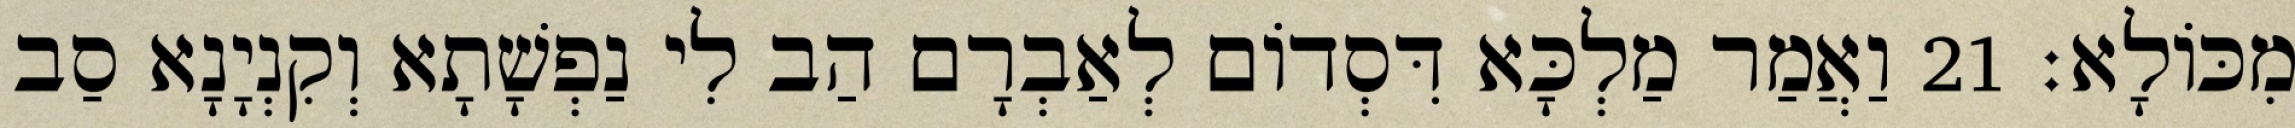
מִכּוֹלָא׃ 21 וַאֲמַר מַלְכָּא דִּסְדוֹם לְאַבְרָם הַב לִי נַפְשָׁתָא וְקִנְיָנָא סַב